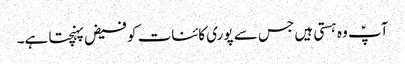
آپؑ وہ ہستی ہیں جس سے پوری کائنات کو فیض پہنچتا ہے۔